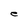
Character: e